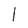
Character: l